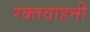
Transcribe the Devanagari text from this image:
रक्तवाहनी